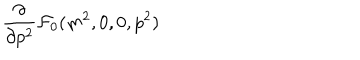
\frac { \partial } { \partial p ^ { 2 } } { \cal { F } } _ { 0 } ( m ^ { 2 } , 0 , 0 , p ^ { 2 } )